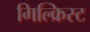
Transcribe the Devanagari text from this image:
गिल्क्रिस्ट